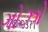
ગોઝો